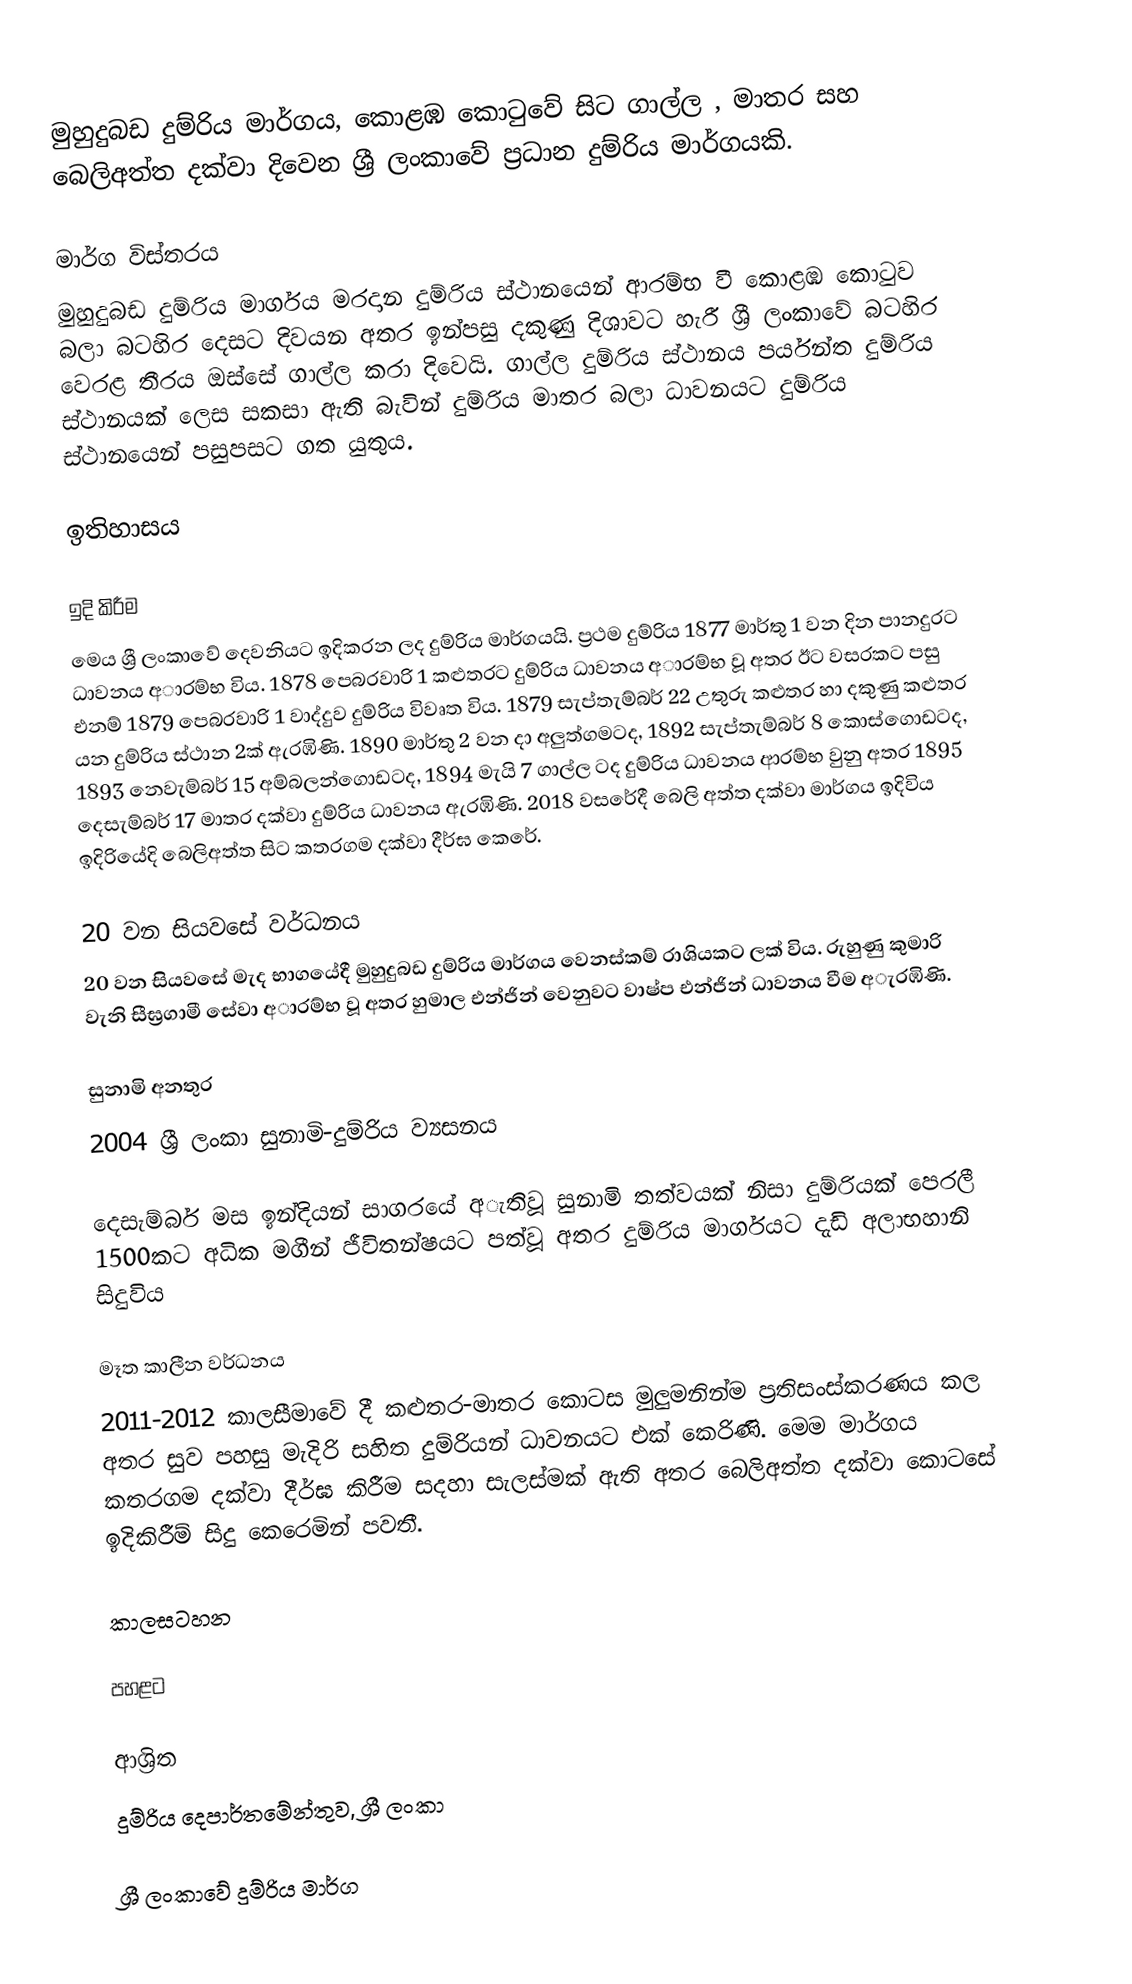
මුහුදුබඩ දුම්රිය මාර්ගය, කොළඹ කොටුවේ සිට ගාල්ල , මාතර සහ බෙලිඅත්ත දක්වා දිවෙන ශ්‍රී ලංකාවේ ප්‍රධාන දුම්රිය මාර්ගයකි.

මාර්ග විස්තරය
මුහුදුබඩ දුම්රිය මාර්ගය මරදාන දුම්රිය ස්ථානයෙන් ආරම්භ වී කොළඹ කොටුව බලා බටහිර දෙසට දිවයන අතර ඉන්පසු දකුණු දිශාවට හැරී ශ්‍රී ලංකාවේ බටහිර වෙරළ තීරය ඔස්සේ ගාල්ල කරා දිවෙයි. ගාල්ල දුම්රිය ස්ථානය පර්යන්ත දුම්රිය ස්ථානයක් ලෙස සකසා ඇති බැවින් දුම්රිය මාතර බලා ධාවනයට දුම්රිය ස්ථානයෙන් පසුපසට ගත යුතුය.

ඉතිහාසය

ඉදි කිරීම
මෙය ශ්‍රී ලංකාවේ දෙවනියට ඉදිකරන ලද දුම්රිය මාර්ගයයි. ප්‍රථම දුම්රිය 1877 මාර්තු 1 වන දින පානදුරට ධාවනය අාරම්භ විය. 1878 පෙබරවාරි 1 කළුතරට දුම්රිය ධාවනය අාරම්භ වූ අතර ඊට වසරකට පසු එනම් 1879 පෙබරවාරි 1 වාද්දුව දුම්රිය විවෘත විය. 1879 සැප්තැම්බර් 22 උතුරු කළුතර හා දකුණු කළුතර යන දුම්රිය ස්ථාන 2ක් ඇරඹිණි. 1890 මාර්තු 2 වන දා අලුත්ගමටද, 1892 සැප්තැම්බර් 8 කොස්ගොඩටද, 1893 නෙවැම්බර් 15 අම්බලන්ගොඩටද, 1894 මැයි 7 ගාල්ල ටද දුම්රිය ධාවනය ආරම්භ වුනු අතර 1895 දෙසැම්බර් 17 මාතර දක්වා දුම්රිය ධාවනය ඇරඹිණි. 2018 වසරේදී බෙලි අත්ත දක්වා මාර්ගය ඉදිවිය ඉදිරියේදි බෙලිඅත්ත සිට කතරගම දක්වා දීර්ඝ කෙරේ.

20 වන සියවසේ වර්ධනය
20 වන සියවසේ මැද භාගයේදී මුහුදුබඩ දුම්රිය මාර්ගය වෙනස්කම් රාශියකට ලක් විය. රුහුණු කුමාරි වැනි සීඝ්‍රගාමී සේවා අාරම්භ වූ අතර හුමාල එන්ජින් වෙනුවට වාෂ්ප එන්ජින් ධාවනය වීම අැරඹිණි.

සුනාමි අනතුර
2004 ශ්‍රී ලංකා සුනාමි-දුම්රිය ව්‍යසනය

දෙසැම්බර් මස ඉන්දියන් සාගරයේ අැතිවූ සුනාමි තත්වයක් නිසා දුම්රියක් පෙරලී 1500කට අධික මගීන් ජීවිතන්ෂයට පත්වූ අතර දුම්රිය මාර්ගයට දැඩි අලාභහානි සිදුවිය

මෑත කාලීන වර්ධනය
2011-2012 කාලසීමාවේ දී කළුතර-මාතර කොටස මුලුමනින්ම ප්‍රතිසංස්කරණය කල අතර සුව පහසු මැදිරි සහිත දුම්රියන් ධාවනයට එක් කෙරිණි. මෙම මාර්ගය කතරගම දක්වා දීර්ඝ කිරීම සදහා සැලස්මක් ඇති අතර බෙලිඅත්ත දක්වා කොටසේ ඉදිකිරීම් සිදු කෙරෙමින් පවතී.

කාලසටහන

පහළට

ආශ්‍රිත
 දුම්රිය දෙපාර්තමේන්තුව, ශ්‍රී ලංකා

ශ්‍රී ලංකාවේ දුම්රිය මාර්ග